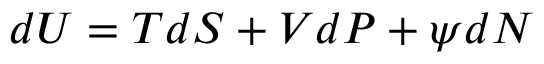
d U = T d S + V d P + \psi d { \cal N }